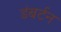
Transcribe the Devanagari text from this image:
डंबर्टन